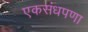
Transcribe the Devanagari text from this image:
एकसंधपणा